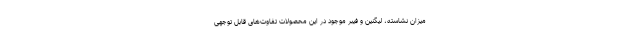
میزان نشاسته، لیگنین و فیبر موجود در این محصولات تفاوت‌های قابل توجهی